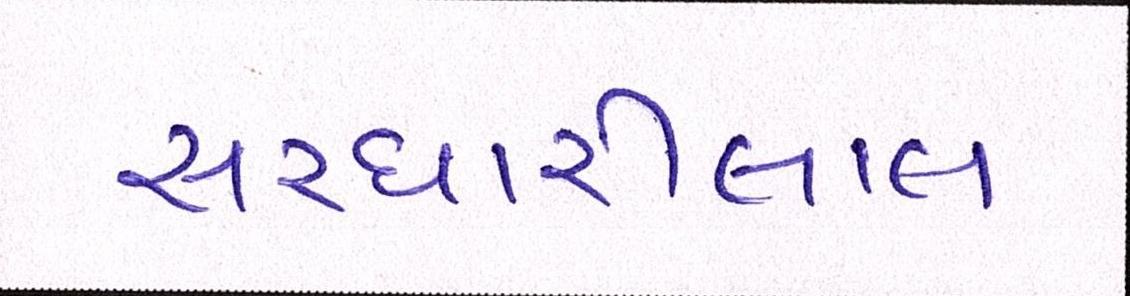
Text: સરધારીલાલ